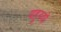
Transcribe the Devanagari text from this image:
यहूदयों